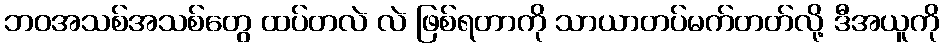
ဘဝအသစ်အသစ်တွေ ထပ်တလဲ လဲ ဖြစ်ရတာကို သာယာတပ်မက်တတ်လို့ ဒီအယူကို